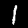
Label: 1